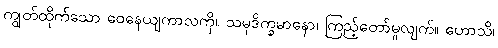
ကျွတ်ထိုက်သော ဝေနေယျကာလကို။ သမုဒိက္ခမာနော၊ ကြည့်တော်မူလျက်။ ဟောသိ၊